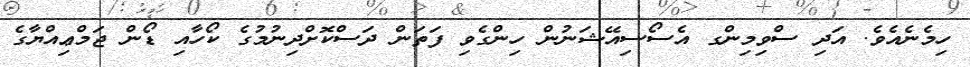
ހިމެނެއެވެ. އަދި ސްވިމިންގ އެސޯސިއޭޝަނުން ހިންގެވި ފަތަން ދަސްކޮށްދިނުމުގެ ކޯހާއި ޑޯން ޖަމްޢިއްޔާގެ